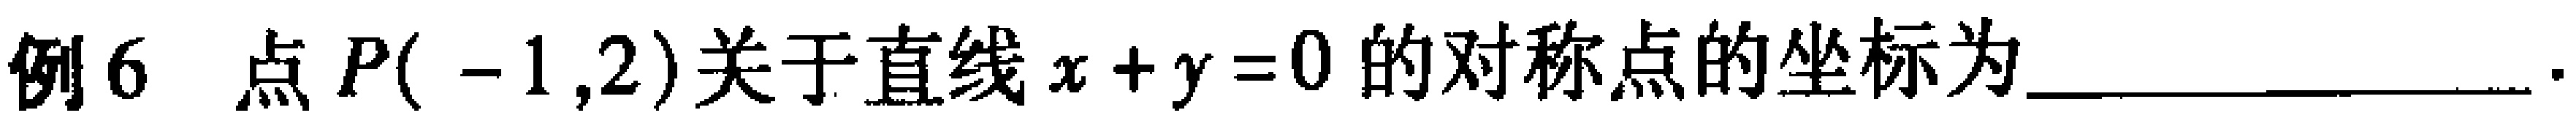
例6 点 \(P(-1,2)\)关于直线 \(x + y = 0\) 的对称点的坐标为________________.